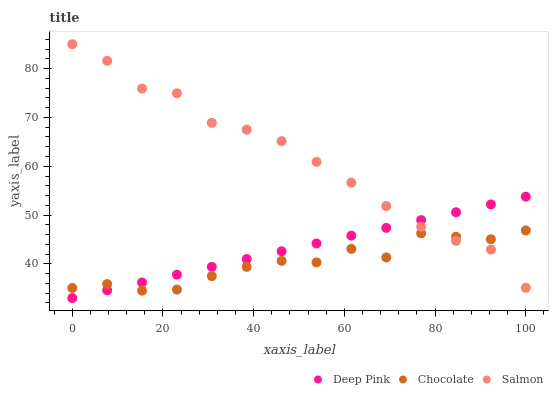
| xaxis_label | Deep Pink | Chocolate | Salmon |
 | --- | --- | --- | --- |
 | 0 | 33 | 35.1 | 85 |
 | 7.69 | 34.6 | 35.9 | 81.6 |
 | 15.4 | 36.2 | 34.5 | 75.9 |
 | 23.1 | 37.8 | 34.7 | 74.9 |
 | 30.8 | 39.4 | 37.5 | 68.9 |
 | 38.5 | 41 | 39.4 | 67.5 |
 | 46.2 | 42.6 | 40.6 | 65.1 |
 | 53.8 | 44.2 | 40.3 | 60.9 |
 | 61.5 | 45.8 | 43.1 | 56.6 |
 | 69.2 | 47.4 | 41.3 | 51.8 |
 | 76.9 | 49 | 46.3 | 47.6 |
 | 84.6 | 50.6 | 45.6 | 44.7 |
 | 92.3 | 52.2 | 45 | 42.9 |
 | 100 | 53.8 | 46.9 | 35.1 |